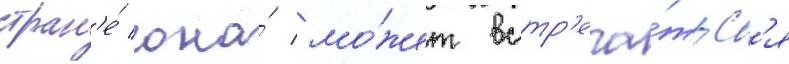
стран'е́ она́ мо́жет встр'еча́тьс'я